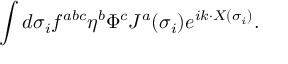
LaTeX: \int d \sigma _ { i } f ^ { a b c } \eta ^ { b } \Phi ^ { c } J ^ { a } ( \sigma _ { i } ) e ^ { i k \cdot X ( \sigma _ { i } ) } .